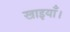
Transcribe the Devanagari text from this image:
खाइयाँ।